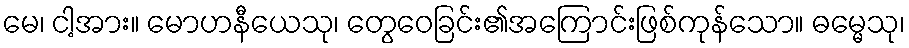
မေ၊ ငါ့အား။ မောဟနီယေသု၊ တွေဝေခြင်း၏အကြောင်းဖြစ်ကုန်သော။ ဓမ္မေသု၊